system: You are a helpful assistant.
user:
Analyze the provided spectrum to determine if it is a **M-type Giant (gM)**.

A M-type Giant spectrum is defined by its **strong molecular absorption** features, particularly from **Titanium Oxide (TiO)**. You must check for one of the following mutually exclusive signatures:

- **Key Visual Indicators (Absorption-Dominated Spectrum):**

    - **(Primary):** The spectrum is dominated by strong molecular absorption from **Titanium Oxide (TiO)**. This is the **defining feature** of its M-type temperature class.
        - **(Key Bandheads):** Look for sharp, "saw-tooth" absorption valleys. The strongest are located near **~7050 Å**, **~6160 Å**, and **~5170 Å**.
        - **(Line Profile):** The "saw-tooth" morphology is critical: a **sharp, steep drop on the BLUE (short-wavelength) side** of the bandhead, followed by a gradual recovery (rising flux) towards the RED (long-wavelength) side.

    - **(Key Confirmation - Giant vs. Dwarf):** **ABSENCE** of strong **Calcium Hydride (CaH)** molecular bands. This is the primary diagnostic for *excluding* M-dwarfs.
        - **(Key Region):** The spectrum should lack the strong, broad absorption band seen in dwarfs between **~6800 Å and ~7000 Å**.

    - **(Secondary Confirmation - Giant):** A very strong and broad **Neutral Calcium (Ca I)** atomic absorption line.
        - **(Key Line):** Located at **~4226 Å**. In a giant (gM), this line is significantly deeper and broader than the same line in an M-dwarf (dM) due to low surface gravity.

    - **(Overall Spectrum):**
        - The continuum is **extremely red-sloping** (i.e., flux is very low in the blue and rises dramatically towards the red).
        - The entire spectrum appears "chopped up" by the deep TiO bands.

Think first, call **spectral_visualization_tool** if needed to examine features in detail, then provide your final answer. Your response must adhere to the following strict rules:
1.  **Overall Structure:** Your response must follow the format `<think>...</think> <tool_call>...</tool_call> (if a tool is used) <answer>...</answer>`.
2.  **Tool Usage Constraint:** You may only make **one** tool call per turn.
3.  **Final Answer Format:** In the `<answer>` tag, your conclusion must be inside a `\boxed{}` command (e.g., `\boxed{YES}` or `\boxed{NO}`), followed by your justification.

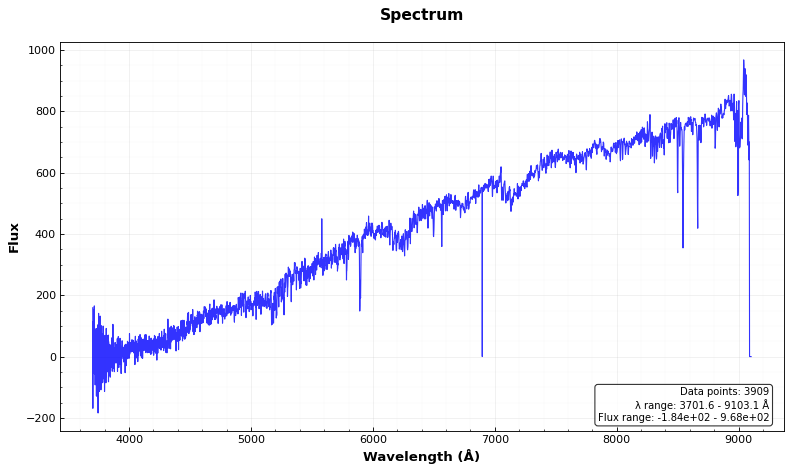
Answer: NO